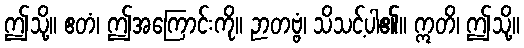
ဤသို့။ ဧတံ၊ ဤအကြောင်းကို။ ဉာတဗ္ဗံ၊ သိသင့်ပါ၏။ ဣတိ၊ ဤသို့။